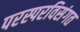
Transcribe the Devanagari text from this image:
परस्परविसंगत